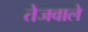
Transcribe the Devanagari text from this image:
तेजवाले